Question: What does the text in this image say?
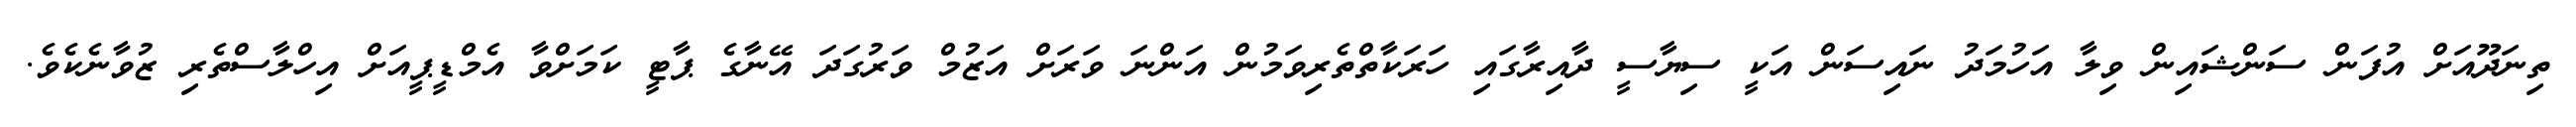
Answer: ތިނަދޫއަށް އުފަން ސަންޝައިން ވިލާ އަހުމަދު ނައިސަން އަކީ ސިޔާސީ ދާއިރާގައި ހަރަކާތްތެރިވަމުން އަންނަ ވަރަށް އަޒުމް ވަރުގަދަ އޭނާގެ ޕާޓީ ކަމަށްވާ އެމްޑީޕީއަށް އިހްލާސްތެރި ޒުވާނެކެވެ.